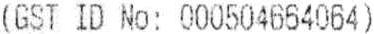
(GST ID NO: 000504664064)